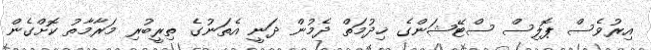
އިރުވެސް ޕޮލިސް ސްޓޭޝަންގެ ޚިދުމަތް ދެމުން ދަނީ އެތަނުގެ ތިރީބުރި މަރާމާތު ކޮށްގެން